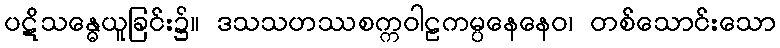
ပဋိသန္ဓေယူခြင်း၌။ ဒသသဟဿစက္ကဝါဠကမ္ပနေနေဝ၊ တစ်သောင်းသော